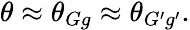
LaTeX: \begin{array}{r}{\theta\approx\theta_{Gg}\approx\theta_{G^{\prime}g^{\prime}}.}\end{array}